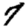
Digit: 7